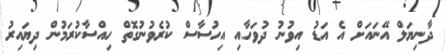
ދާނިޔަލް އޭނައަށް އެ އަޑު އިވުނު ދުވަހާއި އިހުސާސް ކުރެވުނުގޮތް ހިއްސާކުރަމުން ދިޔައިރު